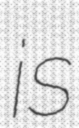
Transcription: is